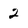
Character: 2